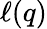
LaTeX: \ell(q)